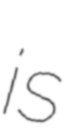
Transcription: is